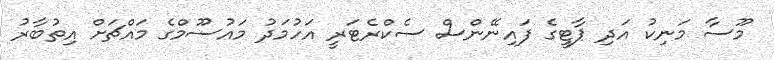
މޫސާ މަނިކު އަދި ޕާޓީގެ ފައިނޭންސް ސެކްރެޓަރީ އަހުމަދު މައުސޫމްގެ މައްޗަށް އިތުބާރު